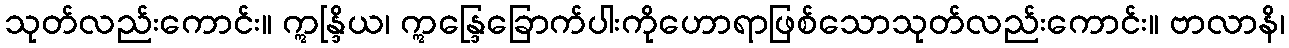
သုတ်လည်းကောင်း။ ဣန္ဒြိယ၊ ဣန္ဒြေခြောက်ပါးကိုဟောရာဖြစ်သောသုတ်လည်းကောင်း။ ဗာလာနိ၊